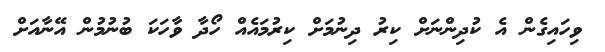
ވިހައިގެން އެ ކުދިންނަށް ކިރު ދިނުމަށް ކިރުމައެއް ހޯދާ ވާހަކަ ބުނުމުން އޭނާއަށް